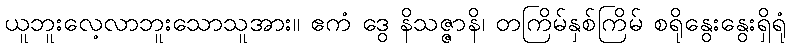
ယူဘူးလေ့လာဘူးသောသူအား။ ဧကံ ဒွေ နိသဇ္ဇာနိ၊ တကြိမ်နှစ်ကြိမ် စရိုနွေးနွေးရှိရုံ